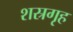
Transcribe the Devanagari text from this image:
शस्रगृह